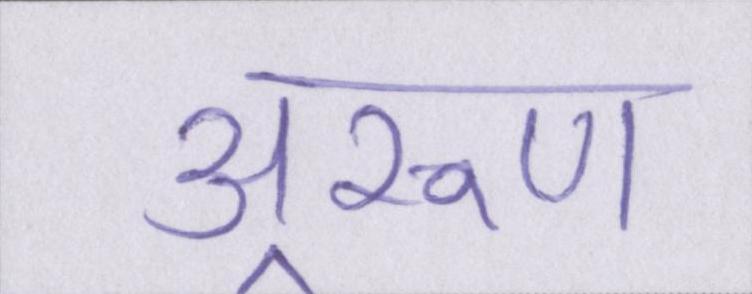
अ्ररूण